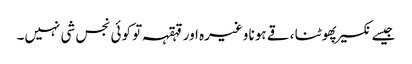
جیسے نکسیر پھوٹنا ، قے ہونا وغیرہ اور قہقہہ تو کوئی نجس شی نہیں۔